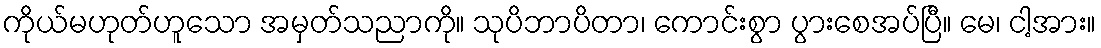
ကိုယ်မဟုတ်ဟူသော အမှတ်သညာကို။ သုပိဘာပိတာ၊ ကောင်းစွာ ပွားစေအပ်ပြီ။ မေ၊ ငါ့အား။